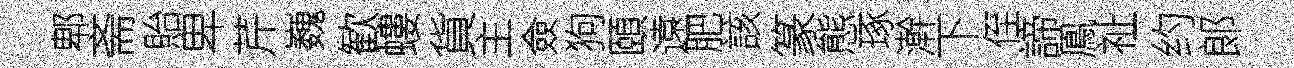
郫斋貽卑芹巍歓螻貨主僉狗頤遠肥該篆態琢澣下侄諦鳯祉约郞